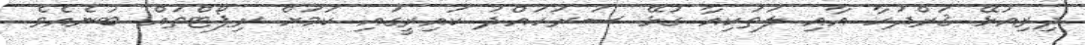
ދިރިއުޅޭ ޤަރްދަހާ އާއި ލަތަކިއާ ގުޅޭ ސަރަހައްދު ކައިރީގައި ކަމަށް ރިޕޯޓްތައް ބުނެއެވެ.